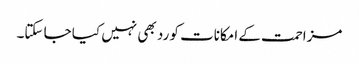
مزاحمت کے امکانات کو رد بھی نہیں کیا جا سکتا۔